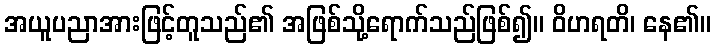
အယူပညာအားဖြင့်တူသည်၏ အဖြစ်သို့ရောက်သည်ဖြစ်၍။ ဝိဟရတိ၊ နေ၏။